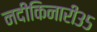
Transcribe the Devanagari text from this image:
नदीकिनारी३५